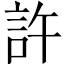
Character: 許